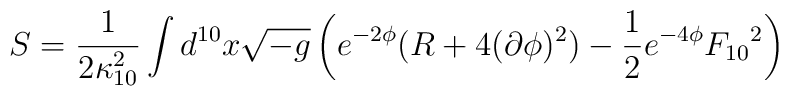
S = \frac{1}{2\kappa_{10}^2} \int d^{10}x \sqrt{-g} \left(e^{-2\phi} (R +4(\partial \phi)^2) -\frac{1}{2}e^{-4\phi} {F_{10}}^2 \right)